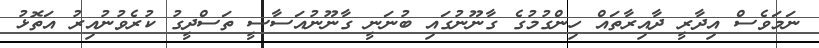
ނަމަވެސް އިދާރީ ދާއިރާތައް ހިންގުމުގެ ގާނޫނުގައި ބުނަނީ ގާނޫނުއަސާސީ ތަސްދީގު ކުރެވުނުއިރު އަތޮޅު